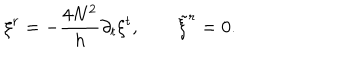
\xi ^ { r } = - { \frac { 4 N ^ { 2 } } { h } } \partial _ { t } \xi ^ { t } , \qquad { \tilde { \xi } } ^ { r } = 0 .